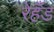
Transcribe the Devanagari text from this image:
रेहँड